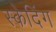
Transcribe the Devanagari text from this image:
स्केदिंग